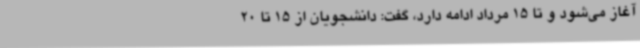
آغاز می‌شود و تا 15 مرداد ادامه دارد، گفت: دانشجویان از 15 تا 20